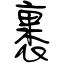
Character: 裹